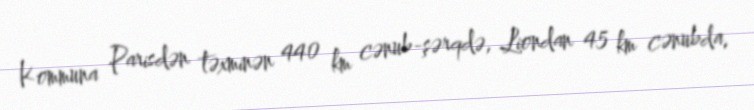
Kommuna Parisdən təxminən 440 km cənub-şərqdə, Liondan 45 km cənubda,